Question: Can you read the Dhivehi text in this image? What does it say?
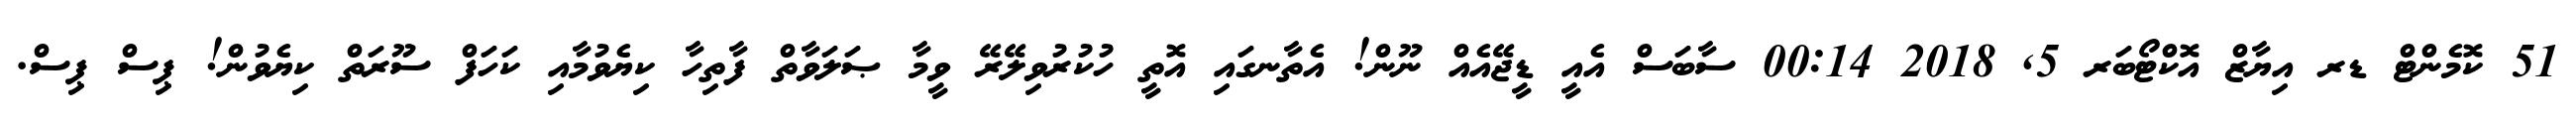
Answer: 51 ކޮމެންޓް ޑރ އިޔާޒް އޮކްޓޯބަރ 5, 2018 00:14 ސާބަސް އެއީ ޑީޖޭއެއް ނޫން! އެތާނގައި އޮތީ ހުކުރުވިލޭރޭ ވީމާ ޞަލަވާތް ފާތިހާ ކިޔެވުމާއި ކަހަފް ސޫރަތް ކިޔެވުން! ޕިސް ޕިސް.